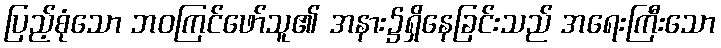
ပြည့်စုံသော ဘဝကြင်ဖော်သူ၏ အနား၌ရှိနေခြင်းသည် အရေးကြီးသော